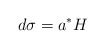
\begin{align*}d\sigma = a^* H\end{align*}